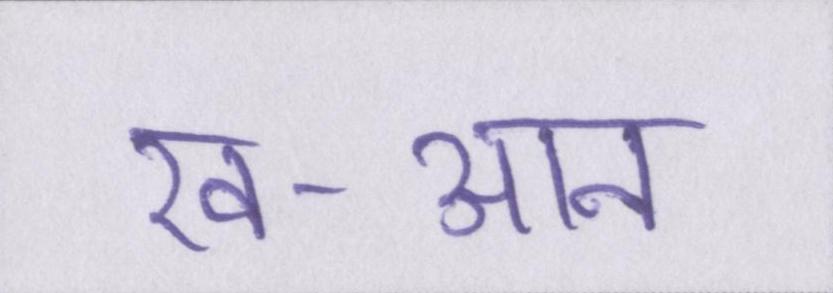
ख-आन